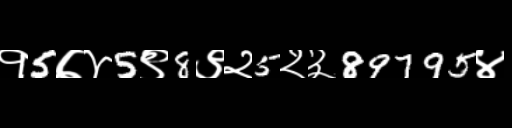
Text: १5७४5९8९२5२३89795४